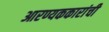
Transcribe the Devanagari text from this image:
आरण्यककारांची